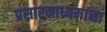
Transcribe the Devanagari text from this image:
प्रसारमाध्यमांना